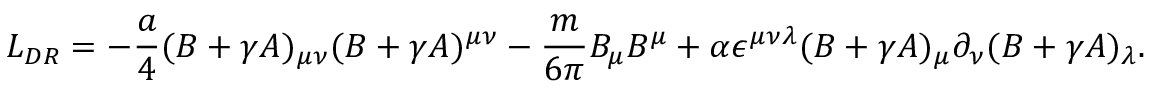
L _ { D R } = - { \frac { a } { 4 } } ( B + \gamma A ) _ { \mu \nu } ( B + \gamma A ) ^ { \mu \nu } - { \frac { m } { 6 \pi } } B _ { \mu } B ^ { \mu } + \alpha \epsilon ^ { \mu \nu \lambda } ( B + \gamma A ) _ { \mu } \partial _ { \nu } ( B + \gamma A ) _ { \lambda } .